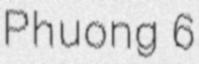
Phuong 6